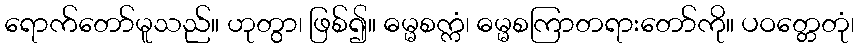
ရောက်တော်မူသည်။ ဟုတွာ၊ ဖြစ်၍။ ဓမ္မစက္ကံ၊ ဓမ္မစကြာတရားတော်ကို။ ပဝတ္တေတုံ၊